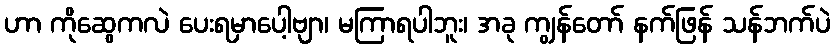
ဟာ ကိုဆွေကလဲ ပေးရမှာပေါ့ဗျာ၊ မကြာရပါဘူး၊ အခု ကျွန်တော် နက်ဖြန် သန်ဘက်ပဲ